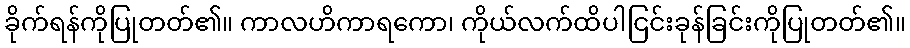
ခိုက်ရန်ကိုပြုတတ်၏။ ကာလဟိကာရကော၊ ကိုယ်လက်ထိပါငြင်းခုန်ခြင်းကိုပြုတတ်၏။